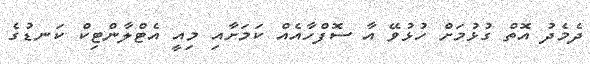
ދެމެދު އޮތް ގުޅުމަށް ހުޅުވޭ އާ ސޮފްހާއެއް ކަމަށާއި މިއީ އެޓްލާންޓިކް ކަނޑުގެ